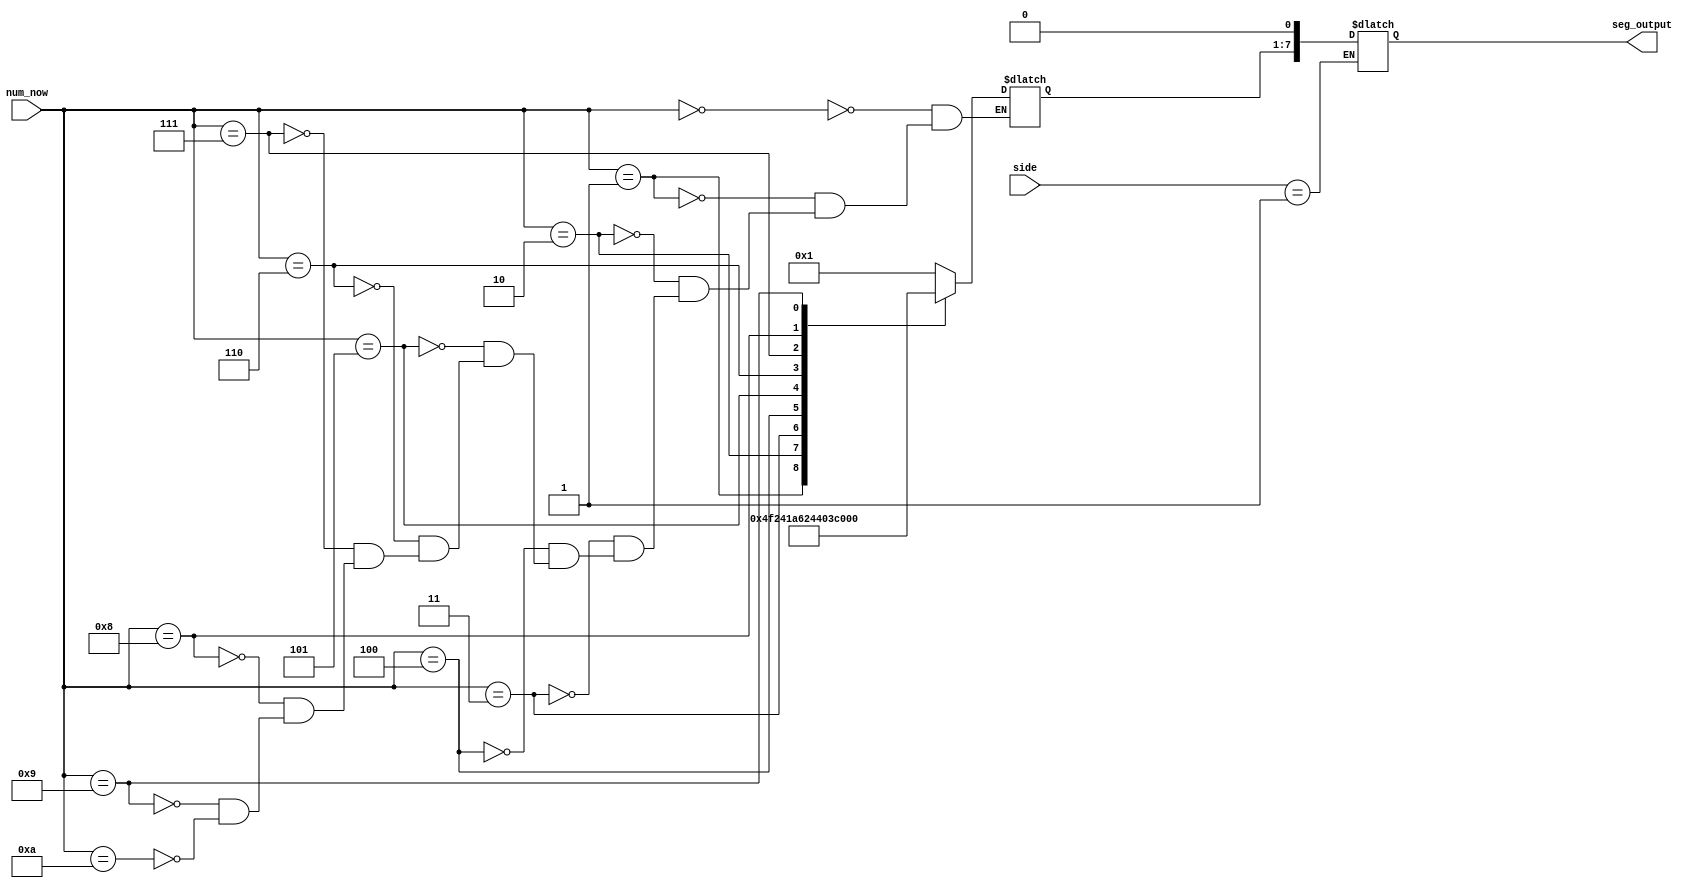
module seg(seg_output,side,num_now);
output reg[7:0] seg_output;
input[3:0] num_now,side;
reg[6:0]num_reg;
parameter 
s0=4'b0001,
s1=4'b0010,
s2=4'b0100,
s3=4'b1000;
parameter
num0=7'b0000001,
num1=7'b1001111,
num2=7'b0010010,
num3=7'b0000110,
num4=7'b1001100,
num5=7'b0100100,
num6=7'b0100000,
num7=7'b0001111,
num8=7'b0000000,
num9=7'b0000100,
num10=7'b0000001;



initial 
num_reg=0;

always@(num_now)
case(num_now)
4'b0000:num_reg=num0;
4'b0001:num_reg=num1;
4'b0010:num_reg=num2;
4'b0011:num_reg=num3;
4'b0100:num_reg=num4;
4'b0101:num_reg=num5;
4'b0110:num_reg=num6;
4'b0111:num_reg=num7;
4'b1000:num_reg=num8;
4'b1001:num_reg=num9;
4'b1010:num_reg=num0;
endcase
always@(num_reg,side)
case(side)
s0:seg_output={num_reg,1'b0};
s0:seg_output={num_reg,1'b1};
s0:seg_output={num_reg,1'b0};
s0:seg_output={num_reg,1'b1};
endcase
endmodule